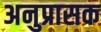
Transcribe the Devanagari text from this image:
अनुप्रासक